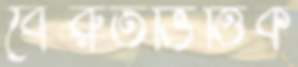
বৈরুতভিত্তিক